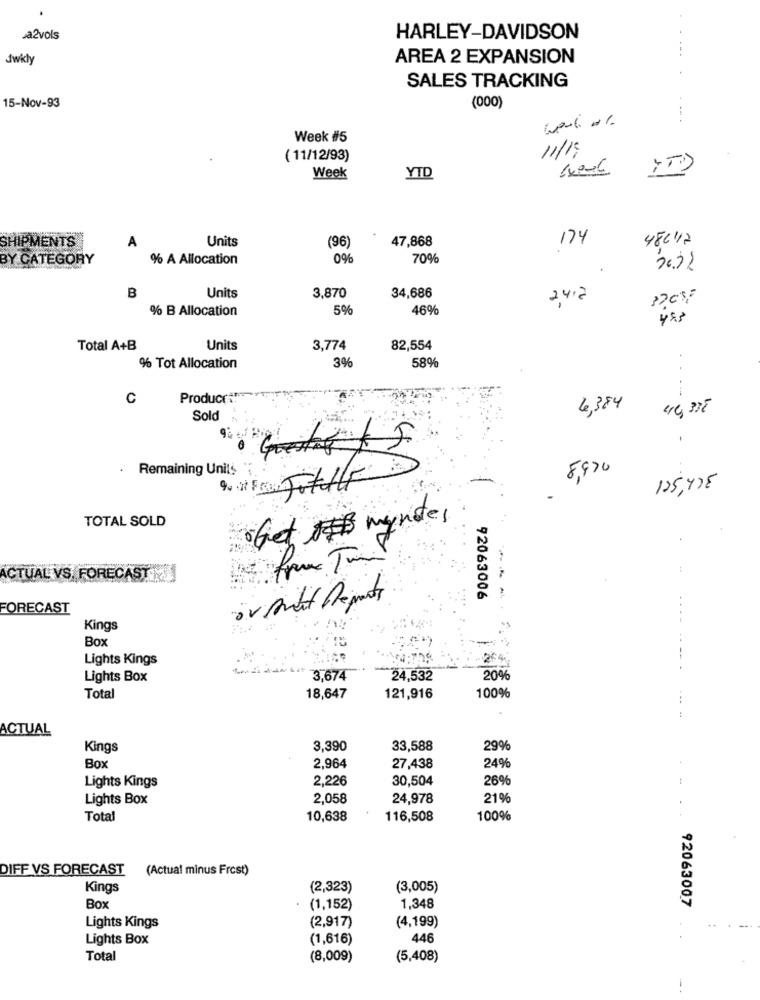
sa2vols
HARLEY-DAVIDSON
Jwkły
AREA 2 EXPANSION
SALES TRACKING
15-Nov-93
(000)
--- -
Week #5
11/19
( 11/12/93)
Week
YTD
Units
47,868
174
48612
SHIPMENTS
A
(96)
BY CATEGORY
% A Allocation
0%
70%
76.32
B
Units
3,870
34,686
24.2
% B Allocation
5%
46%
478
Total A+B
Units
3,774
82,554
3%
% Tot Allocation
58%
C
Produce :: "
6,384
44,335
Sold
Remaining Units
8,970
125,478
Get # mynte,
TOTAL SOLD
ACTUAL VS. FORECAST
92063006
---
FORECAST
Kings
Box
Lights Kings
264
Lights Box
3,674
24,532
20%
Total
18,647
121,916
100%
:
ACTUAL
Kings
3,390
33,588
29%
2.964
Box
27,438
24%
Lights Kings
2,226
30,504
26%
Lights Box
2,058
24,978
21%
Total
10,638
116,508
100%
DIFF VS FORECAST (Actual minus Frost)
Kings
(2,323)
(3,005)
92063007
Box
(1,152)
1,348
(2,917)
(4,199)
Lights Kings
Lights Box
(1,616)
446
Total
(8,009)
(5,408)